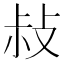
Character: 敊